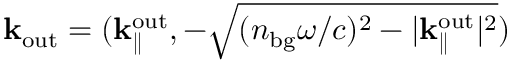
{ \bf k } _ { \mathrm { o u t } } = ( { \bf k } _ { \parallel } ^ { \mathrm { o u t } } , - \sqrt { ( n _ { \mathrm { b g } } \omega / c ) ^ { 2 } - | { \bf k } _ { \parallel } ^ { \mathrm { o u t } } | ^ { 2 } } )